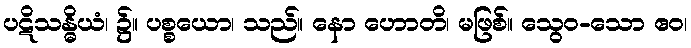
ပဋိသန္ဓိယံ၊ ၌။ ပစ္စယော၊ သည်။ နော ဟောတိ၊ မဖြစ်။ သွေဝ-သော ဧဝ၊